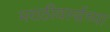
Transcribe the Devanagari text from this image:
मराठीवर्ल्डच्या